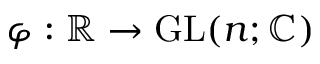
\varphi : \mathbb { R } \rightarrow \mathrm { G L } ( n ; \mathbb { C } )